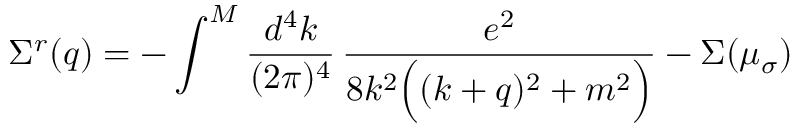
\Sigma ^ { r } ( q ) = - \int ^ { M } \frac { d ^ { 4 } k } { ( 2 \pi ) ^ { 4 } } \, \frac { e ^ { 2 } } { 8 k ^ { 2 } \Big ( ( k + q ) ^ { 2 } + m ^ { 2 } \Big ) } - \Sigma ( \mu _ { \sigma } )